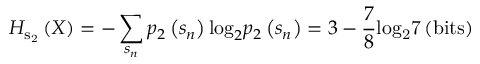
{ H _ { { { \mathrm { s } } _ { \mathrm { 2 } } } } } \left( X \right) = - \sum _ { { s _ { n } } } { { p _ { 2 } } \left( { { s _ { n } } } \right) { { \log } _ { 2 } } { p _ { 2 } } \left( { { s _ { n } } } \right) } = 3 - \frac { 7 } { 8 } { \mathrm { l o } } { { \mathrm { g } } _ { \mathrm { 2 } } } { \mathrm { 7 } } \left( { { \mathrm { b i t s } } } \right)